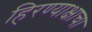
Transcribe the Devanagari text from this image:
हिरण्याक्षाचा